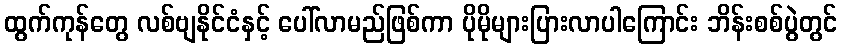
ထွက်ကုန်တွေ လစ်ဗျနိုင်ငံနှင့် ပေါ်လာမည်ဖြစ်ကာ ပိုမိုများပြားလာပါကြောင်း ဘိန်းစစ်ပွဲတွင်